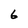
Character: 6